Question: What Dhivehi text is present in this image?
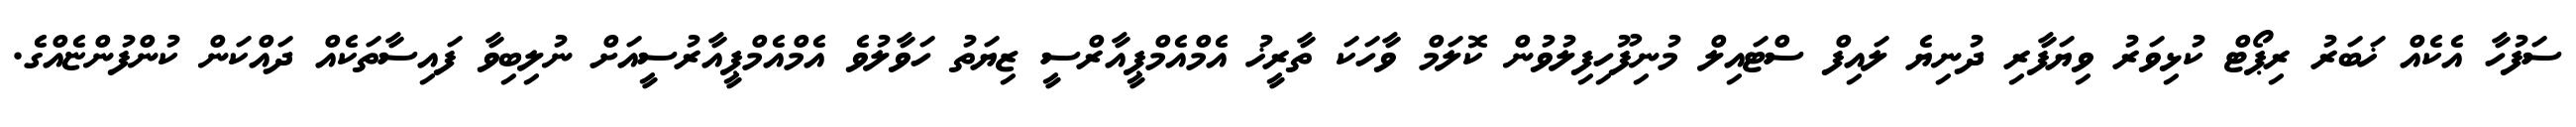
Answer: ސަފުހާ އެކެއް ޚަބަރު ރިޕޯޓް ކުޅިވަރު ވިޔަފާރި ދުނިޔެ ލައިފް ސްޓައިލް މުނިފޫހިފިލުވުން ކޮލަމް ވާހަކަ ތާރީޚު އެމްއެމްޕީއާރްސީ ޒިޔަތު ހަވާލުވެ އެމްއެމްޕީއާރުސީއަށް ނުލިބިވާ ފައިސާތަކެއް ދައްކަން ކުންފުންޏެއްގެ.